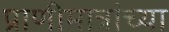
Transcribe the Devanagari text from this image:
प्राणीमात्रांच्या